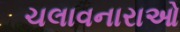
ચલાવનારાઓ